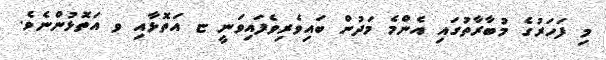
މި ފަހަރުގެ މުބާރާތުގައި އެންމެ މަދުން ބައިވެރިވެފައިވަނީ ޏ އަތޮޅާއި ވ އަތޮޅުންނެވެ.